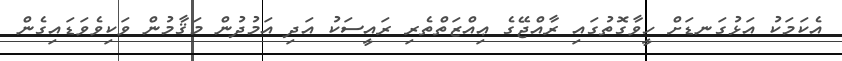
އެކަމަކު އަޅުގަނޑަށް ހީވާގޮތުގައި ރާއްޖޭގެ ޢިއްޒަތްތެރި ރައީސަކު އަދި އަމުދުން މަޤާމުން ވަކިވެވަޑައިގެން